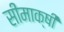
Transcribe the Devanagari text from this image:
सीमाक्षी